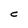
Character: C